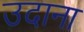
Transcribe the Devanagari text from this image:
उदाना